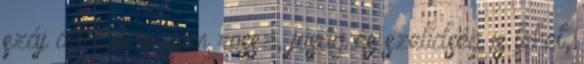
száj általában nem rossz, jóság és szelídség is lehet,